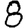
Digit: 8